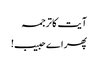
آیت کا ترجمہ
پھر اے حبیب!